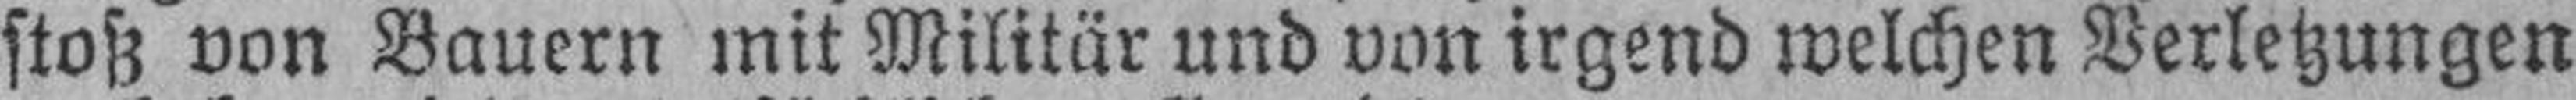
stoß von Bauern mit Militär und von irgend welchen Verletzungen